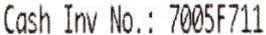
CASH INV NO.: 7005F711